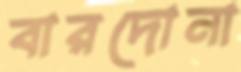
বারদোনা